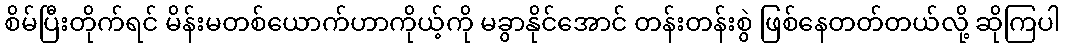
စိမ်ပြီးတိုက်ရင် မိန်းမတစ်ယောက်ဟာကိုယ့်ကို မခွာနိုင်အောင် တန်းတန်းစွဲ ဖြစ်နေတတ်တယ်လို့ ဆိုကြပါ